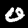
Digit: 0